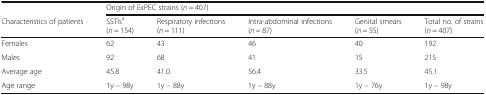
|  | <COLSPAN=5> Origin of ExPEC strains (n = 407) |
 | Characteristics of patients | SSTIsa (n = 154) | Respiratory infections (n = 111) | Intra-abdominal infections (n = 87) | Genital smears (n = 55) | Total no. of strains (n = 407) |
 | --- | --- | --- | --- | --- | --- |
 | Females | 62 | 43 | 46 | 40 | 192 |
 | Males | 92 | 68 | 41 | 15 | 215 |
 | Average age | 45.8 | 41.0 | 56.4 | 33.5 | 45.1 |
 | Age range | 1y – 98y | 1y – 88y | 1y – 88y | 1y – 76y | 1y – 98y |